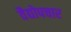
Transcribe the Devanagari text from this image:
वैद्योपचार